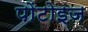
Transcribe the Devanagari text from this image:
पोंटोइज